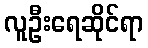
လူဦးရေဆိုင်ရာ